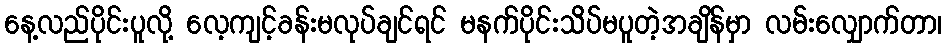
နေ့လည်ပိုင်းပူလို့ လေ့ကျင့်ခန်းမလုပ်ချင်ရင် မနက်ပိုင်းသိပ်မပူတဲ့အချိန်မှာ လမ်းလျှောက်တာ၊